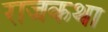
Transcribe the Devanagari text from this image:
राजकथा